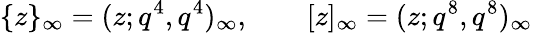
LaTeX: \{ z\} _{\infty}=(z;q^{4},q^{4})_{\infty},\qquad[z]_{\infty}=(z;q^{8},q^{8})_{\infty}